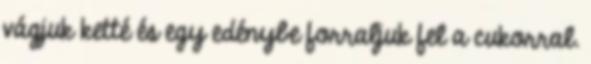
vágjuk ketté és egy edénybe forraljuk fel a cukorral.